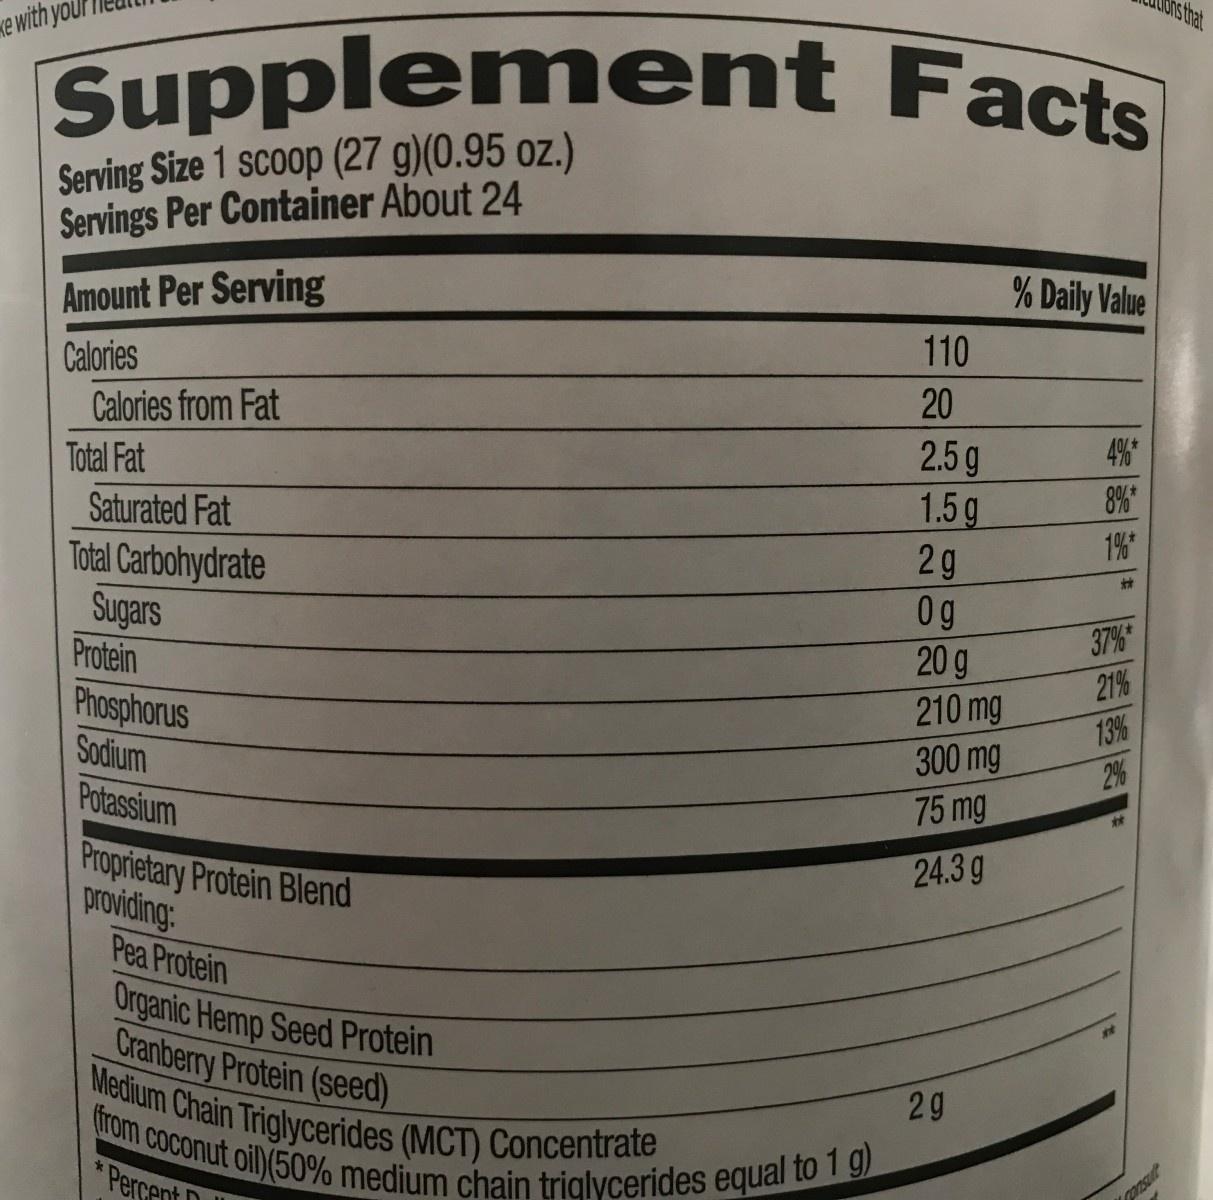
Supplement Facts
Serving Size 1 scoop (27 g)(0.95 oz.) Servings Per Container About 24
ke with y
Amount Per Serving
Calories
Calories from Fat
Total Fat
Saturated Fat
Total Carbohydrate
Sugars
Protein
Phosphorus
Sodium
Potassium
Proprietary Protein Blend providing:
Pea Protein Organic Hemp Seed Protein Cranberry Protein (seed)
Medium Chain Triglycerides (MCT) Concentrate (from coconut oil) (50% medium chain triglycerides equal to 1 g)
Percent D
110
20
2.5 g
1.5 g
2g
Og
20 g
210 mg
300 mg
75 mg
24.3g
2g
% Daily Value
S
4%*
8%*
1%*
**
37%*
21%
13%
2%